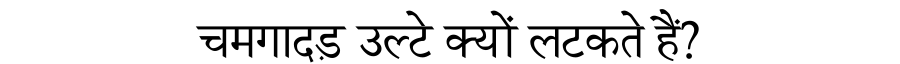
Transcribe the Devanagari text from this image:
चमगादड़ उल्टे क्यों लटकते हैं?